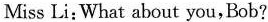
Miss Li;What about you,Bob?